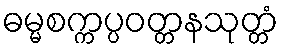
ဓမ္မစက္ကပ္ပဝတ္တနသုတ္တံ